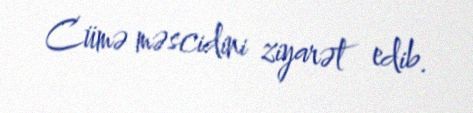
Cümə məscidini ziyarət edib.